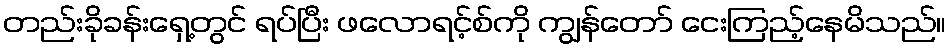
တည်းခိုခန်းရှေ့တွင် ရပ်ပြီး ဖလောရင့်စ်ကို ကျွန်တော် ငေးကြည့်နေမိသည်။